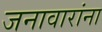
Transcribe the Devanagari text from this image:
जनावारांना